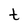
Character: t